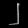
Digit: ၂